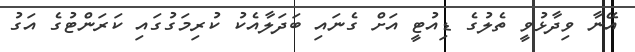
އޭނާ ވިދާޅުވީ ތެލުގެ ޑިއުޓީ އަށް ގެނައި ބަދަލާއެކު ކުރިމަގުގައި ކަރަންޓުގެ އަގު